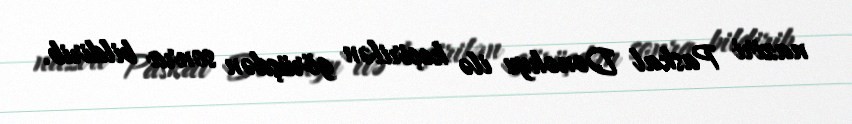
naziri Paskal Donohyu ilə keçirilən görüşdən sonra bildirib.